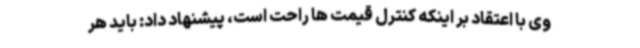
وی با اعتقاد بر اینکه کنترل قیمت ها راحت است، پیشنهاد داد: باید هر